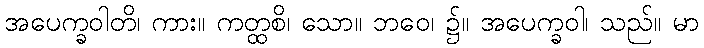
အပေက္ခဝါတိ၊ ကား။ ကတ္ထစိ၊ သော။ ဘဝေ၊ ၌။ အပေက္ခဝါ၊ သည်။ မာ